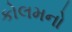
કોલમનો